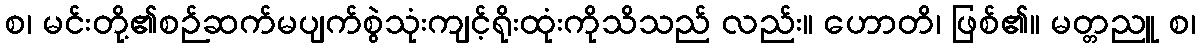
စ၊ မင်းတို့၏စဉ်ဆက်မပျက်စွဲသုံးကျင့်ရိုးထုံးကိုသိသည် လည်း။ ဟောတိ၊ ဖြစ်၏။ မတ္တညူ စ၊